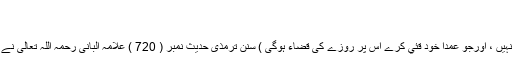
روزہ توڑنے والی چھٹی چيز :
جان بوجھ کر قئي کرنا :
( جس پر قئي غالب ہوجائے تواس پر روزے کی قضاء نہيں ، اورجو عمدا خود قئي کرے اس پر روزے کی قضاء ہوگی ) سنن ترمذی حدیث نمبر ( 720 ) علامہ البانی رحمہ اللہ تعالی نے صحیح ترمذی ( 577 ) میں اسے صحیح قرار دیا ہے ۔